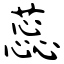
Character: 蕊